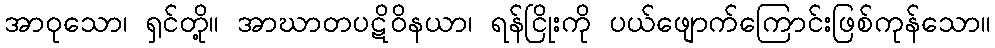
အာဝုသော၊ ရှင်တို့။ အာဃာတပဋိဝိနယာ၊ ရန်ငြိုးကို ပယ်ဖျောက်ကြောင်းဖြစ်ကုန်သော။